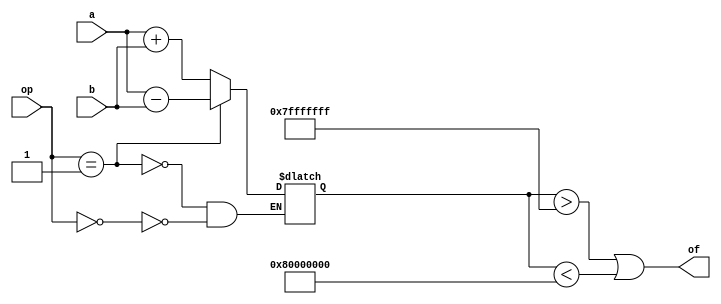
module ovf(a,b,op,of);
	
	
	input [31:0] a,b;
	input [4:0] op;
	
	
	wire signed[31:0] inner_A, inner_B;
	reg signed[32:0] inner_result;
	assign inner_A = a;
	assign inner_B = b;
	output of;
	
		assign of = (inner_result > 2147483647 || inner_result < -2147483648);
	
	always@(*) begin
		if(op == 0) begin
			inner_result = inner_A + inner_B;
		end
		if(op == 1) begin
			inner_result = inner_A - inner_B;
		end
	
	end
	


endmodule